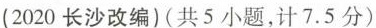
(2020长沙改编)(共5小题,计7.5分)